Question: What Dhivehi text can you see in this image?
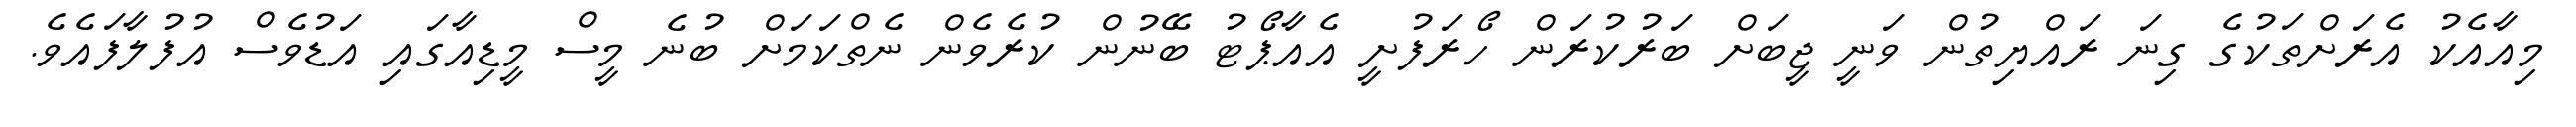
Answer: މިއާއެކު އެރަށްތަކުގެ ގިނަ ރައްޔިތުން ވަނީ ޖީބަށް ބަރުކުރަން ހޯރަފުށީ އެއާޕޯޓު ބޭނުން ކުރެވެން ނެތްކަމަށް ބުނެ މީސް މީޑިއާގައި އަޑުވެސް އުފުލާފައެވެ.